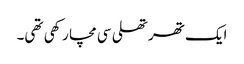
ایک تھرتھلی سی مچا رکھی تھی۔